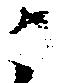
ニ